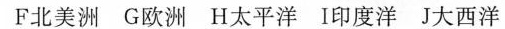
F北美洲 G欧洲 H太平洋 I印度洋 J大西洋